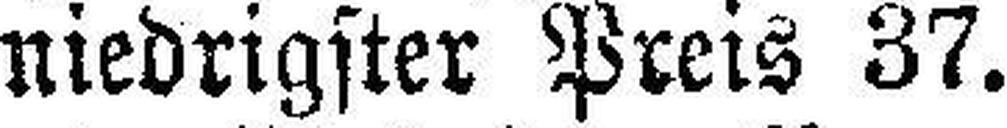
niedrigster Preis 37.